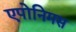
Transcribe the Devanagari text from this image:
एपोनिमस